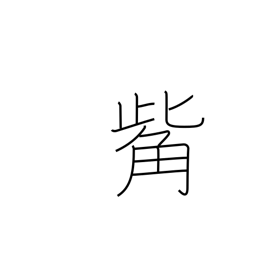
Meaning: beak